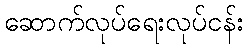
ဆောက်လုပ်ရေးလုပ်ငန်း